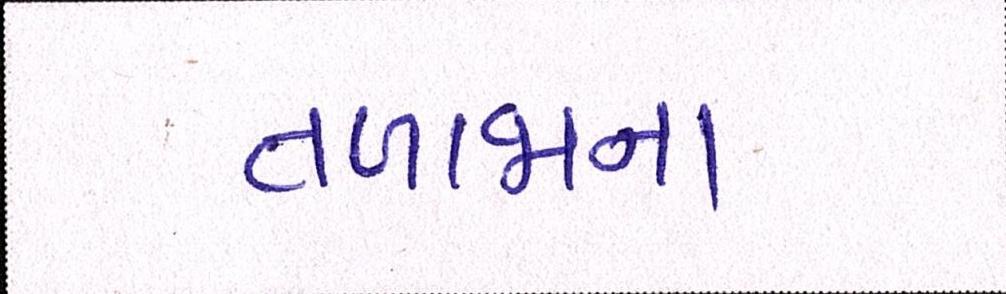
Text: તળાજાના